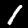
Digit: 1